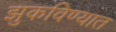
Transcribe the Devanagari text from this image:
झुकविण्यात